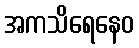
အကသိရေနေဝ